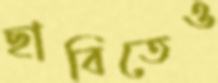
ছাবিতেও